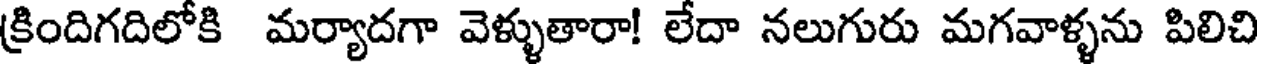
క్రిందిగదిలోకి మర్యాదగా వెళ్ళుతారా! లేదా నలుగురు మగవాళ్ళను పిలిచి